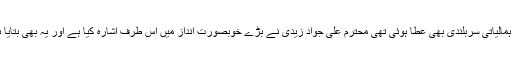
عربی اور فارسی سے اگر نخلستان کی شادابی ملی تھی تو سنسکرت سے ہمالیاتی سربلندی بھی عطا ہوئی تھی محترم علی جواد زیدی نے بڑے خوبصورت انداز میں اس طرف اشارہ کیا ہے اور یہ بھی بتایا ہے کہ تجنیات میں کوئی سنسکرت شعراء سے بازی نہیں لے جاسکتا تھا۔